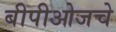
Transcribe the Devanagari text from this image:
बीपीओजचे